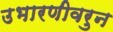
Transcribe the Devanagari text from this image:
उभारणीवरुन